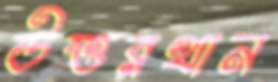
উত্তরখান